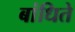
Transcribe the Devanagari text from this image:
बांधिते